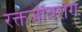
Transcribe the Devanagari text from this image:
रक्तजीवरोग